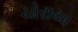
ચોરાયા